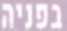
בפניה